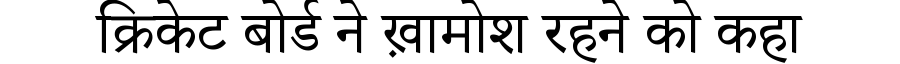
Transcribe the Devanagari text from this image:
क्रिकेट बोर्ड ने ख़ामोश रहने को कहा